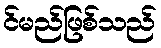
င်မည်ဖြစ်သည်